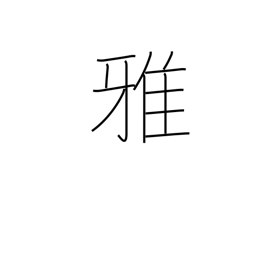
Meaning: elegant